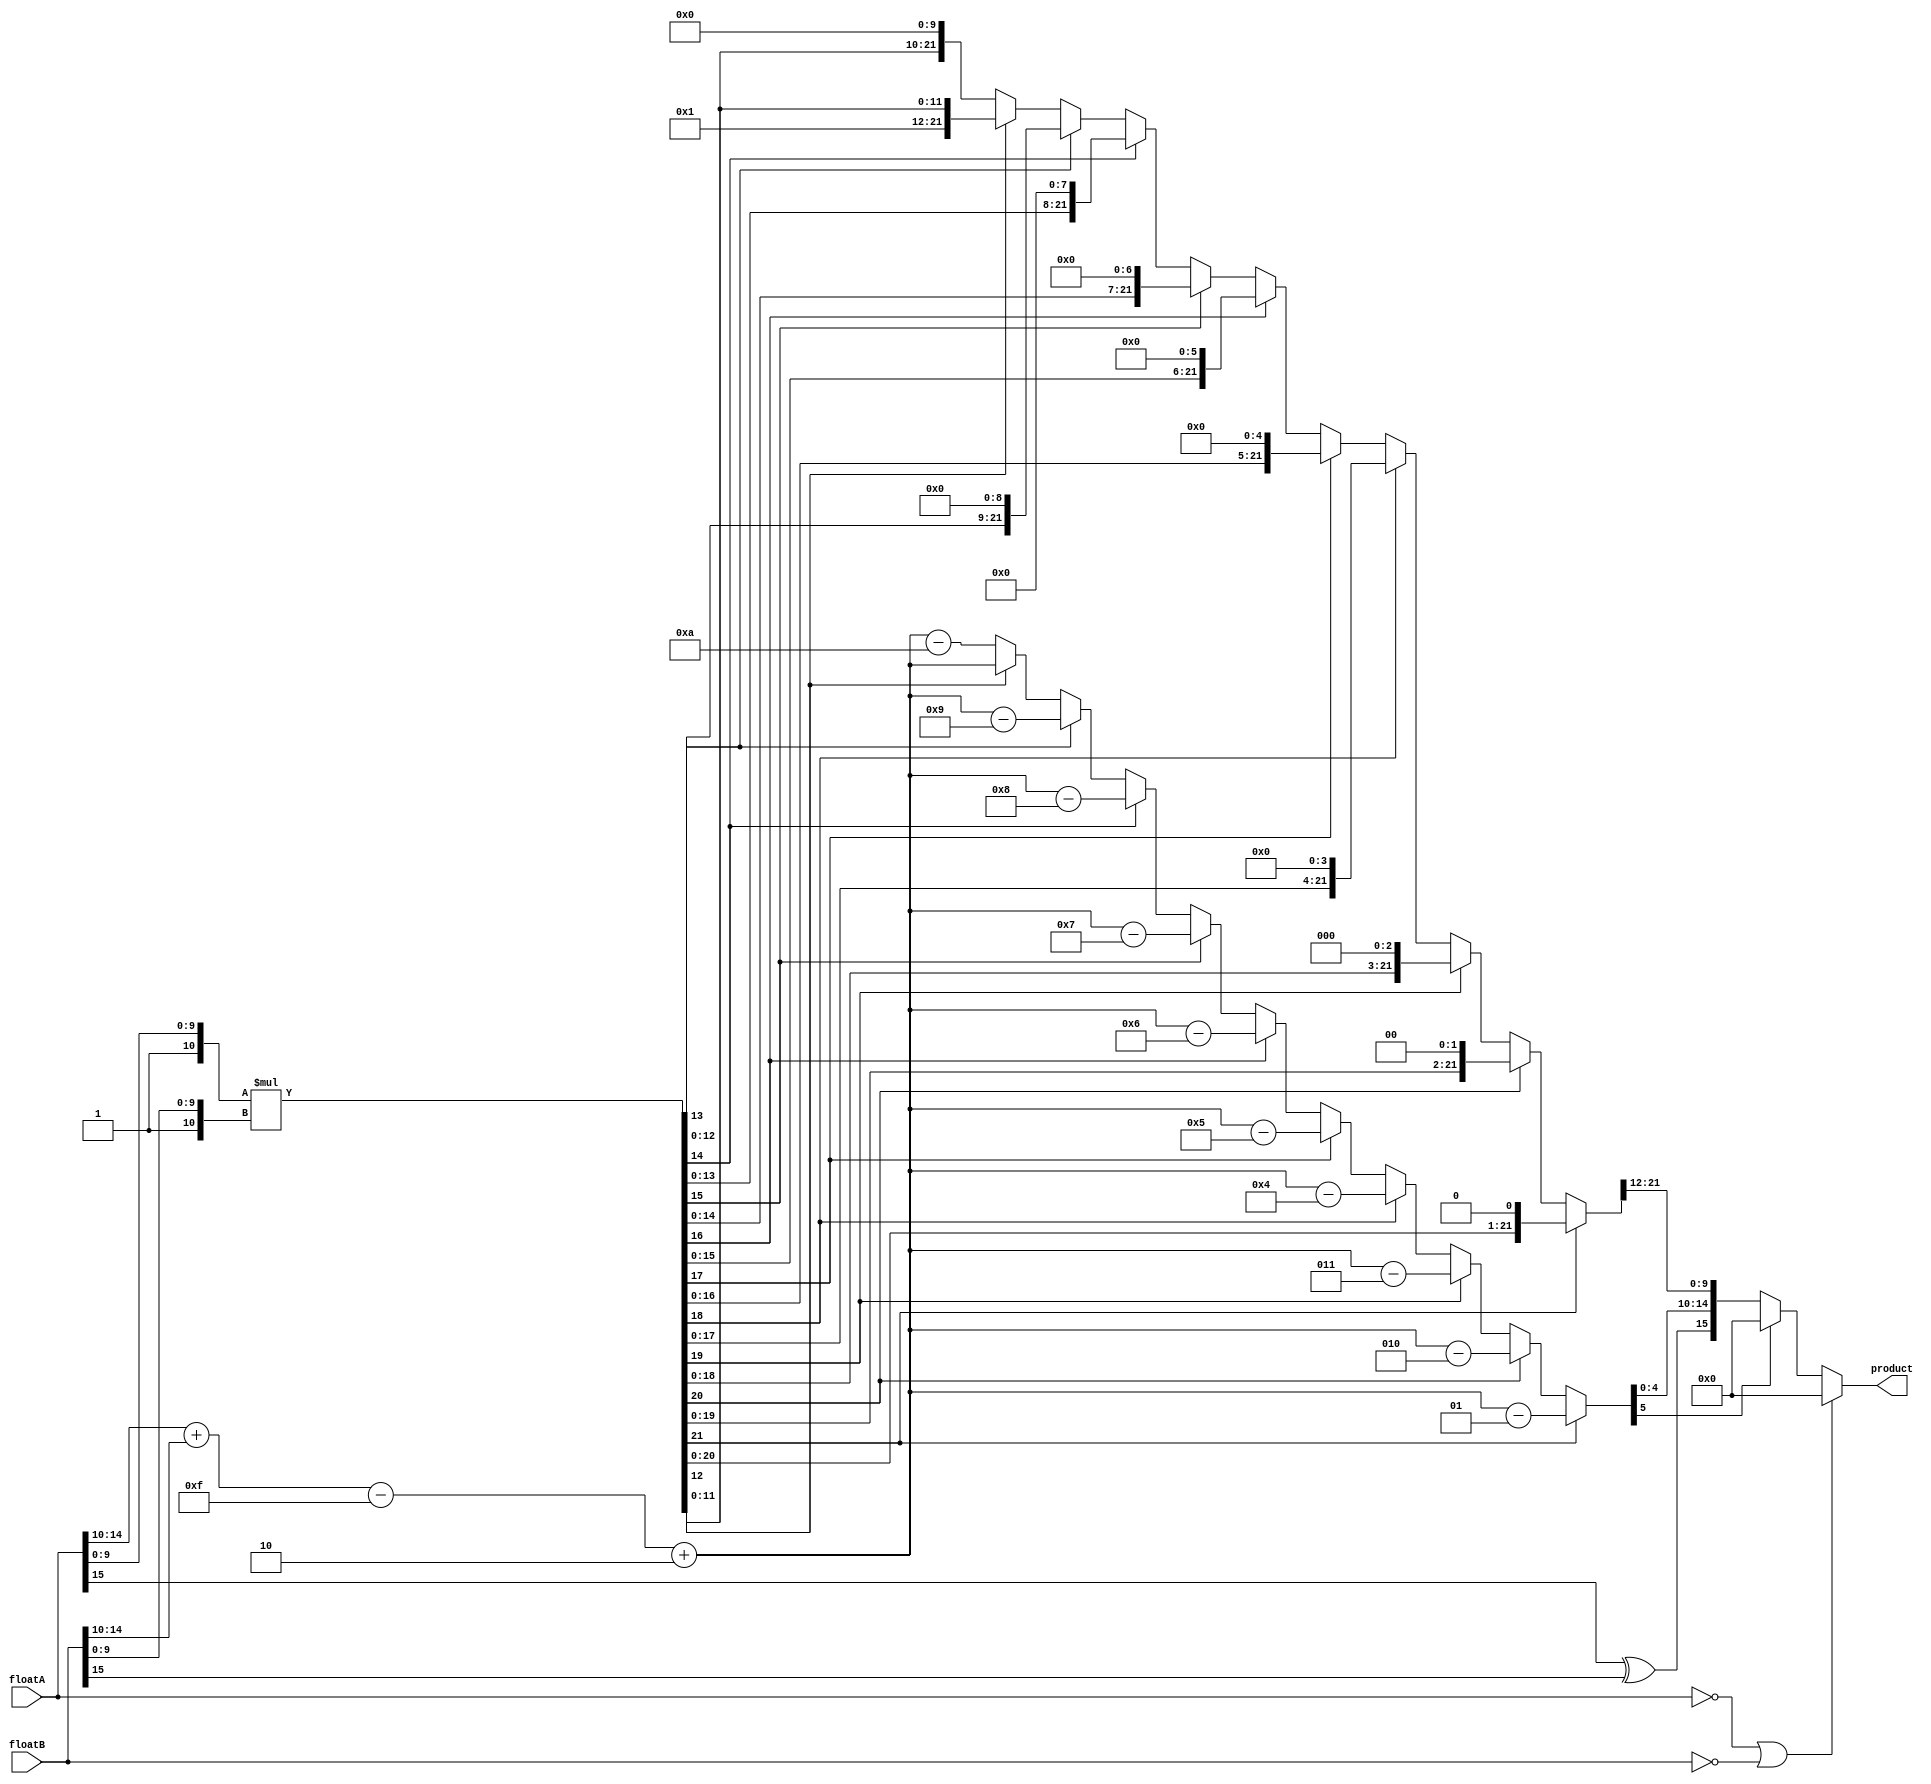
`timescale 100 ns / 10 ps

module floatMult16 (floatA,floatB,product);

input [15:0] floatA, floatB;
output reg [15:0] product;

reg sign;
reg signed [5:0] exponent; //6th bit is the sign
reg [9:0] mantissa;
reg [10:0] fractionA, fractionB;	//fraction = {1,mantissa}
reg [21:0] fraction;


always @ (floatA or floatB) begin
	if (floatA == 0 || floatB == 0) begin
		product = 0;
	end else begin
		sign = floatA[15] ^ floatB[15];
		exponent = floatA[14:10] + floatB[14:10] - 5'd15 + 5'd2;
	
		fractionA = {1'b1,floatA[9:0]};
		fractionB = {1'b1,floatB[9:0]};
		fraction = fractionA * fractionB;
		
		if (fraction[21] == 1'b1) begin
			fraction = fraction << 1;
			exponent = exponent - 1; 
		end else if (fraction[20] == 1'b1) begin
			fraction = fraction << 2;
			exponent = exponent - 2;
		end else if (fraction[19] == 1'b1) begin
			fraction = fraction << 3;
			exponent = exponent - 3;
		end else if (fraction[18] == 1'b1) begin
			fraction = fraction << 4;
			exponent = exponent - 4;
		end else if (fraction[17] == 1'b1) begin
			fraction = fraction << 5;
			exponent = exponent - 5;
		end else if (fraction[16] == 1'b1) begin
			fraction = fraction << 6;
			exponent = exponent - 6;
		end else if (fraction[15] == 1'b1) begin
			fraction = fraction << 7;
			exponent = exponent - 7;
		end else if (fraction[14] == 1'b1) begin
			fraction = fraction << 8;
			exponent = exponent - 8;
		end else if (fraction[13] == 1'b1) begin
			fraction = fraction << 9;
			exponent = exponent - 9;
		end else if (fraction[12] == 1'b0) begin
			fraction = fraction << 10;
			exponent = exponent - 10;
		end 
	
		mantissa = fraction[21:12];
		if(exponent[5]==1'b1) begin //exponent is negative
			product=16'b0000000000000000;
		end
		else begin
			product = {sign,exponent[4:0],mantissa};
		end
	end
end

endmodule